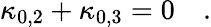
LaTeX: \kappa_{0,2}+\kappa_{0,3}=0\quad.